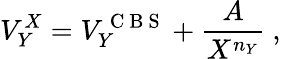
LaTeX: V_{Y}^{X}=V_{Y}^{\mathrm{~C~B~S~}}+\frac{A}{X^{n_{Y}}}\ ,